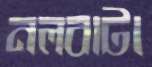
নলবাটা